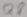
Text: Q8